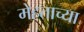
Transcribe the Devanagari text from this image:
मेहताच्या